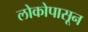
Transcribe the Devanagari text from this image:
लोकोपासून